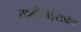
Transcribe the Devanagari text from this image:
लक्ष्मीबाईसाहेब